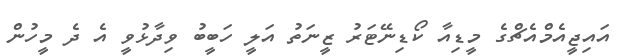
އައިޖީއެމްއެޗްގެ މީޑިއާ ކޯޑިނޭޓަރު ޒީނަތު އަލީ ހަބީބު ވިދާޅުވީ އެ ދެ މީހުން